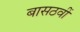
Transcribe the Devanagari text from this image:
बासठवीं